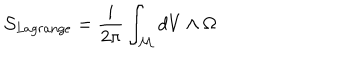
{ \cal { S } } _ { L a g r a n g e } = \frac { i } { 2 \pi } \int _ { \cal { M } } d V \wedge \Omega { }